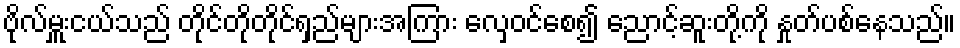
ဗိုလ်မှူးငယ်သည် တိုင်တိုတိုင်ရှည်များအကြား လှေဝင်စေ၍ ညောင့်ဆူးတို့ကို နှုတ်ပစ်နေသည်။